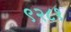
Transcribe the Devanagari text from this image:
९२८१